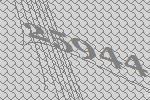
25944